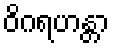
ဝိဂရဟန္တာ